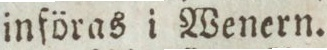
införas i Wenern.